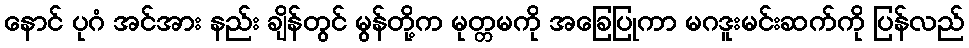
နောင် ပုဂံ အင်အား နည်း ချိန်တွင် မွန်တို့က မုတ္တမကို အခြေပြုကာ မဂဒူးမင်းဆက်ကို ပြန်လည်